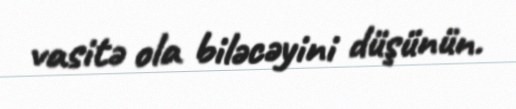
vasitə ola biləcəyini düşünün.